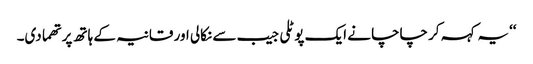
‘‘یہ کہہ کر چاچا نے ایک پوٹلی جیب سے نکالی اور قانیہ کے ہاتھ پر تھما دی۔